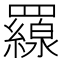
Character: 𦌶